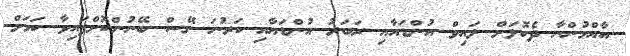
އާއްމުންނާ ދެކޮޅަށް ލައިވް އުންޑައާއި ރަބަރު އުންޑައާއި ކަރުނަ ގޭސް ބޭނުންކޮށްފައިވާ ކަމަށް